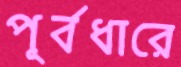
পূর্বধারে